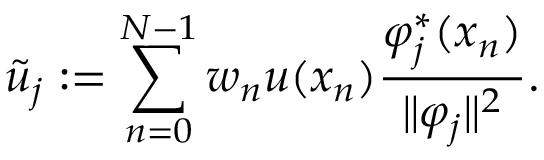
\tilde { u } _ { j } : = \sum _ { n = 0 } ^ { N - 1 } w _ { n } u ( x _ { n } ) \frac { \varphi _ { j } ^ { \ast } ( x _ { n } ) } { \lVert \varphi _ { j } \rVert ^ { 2 } } .